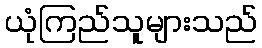
ယုံကြည်သူများသည်